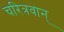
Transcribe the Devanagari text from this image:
चरित्रवान्‌